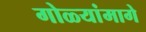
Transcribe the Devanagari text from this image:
गोळ्यांमागे